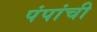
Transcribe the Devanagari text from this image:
पंपांची